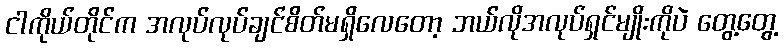
ငါကိုယ်တိုင်က အလုပ်လုပ်ချင်စိတ်မရှိလေတော့ ဘယ်လိုအလုပ်ရှင်မျိုးကိုပဲ တွေ့တွေ့